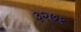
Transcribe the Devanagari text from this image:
३२७१